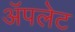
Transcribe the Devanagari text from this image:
अॅपलेट